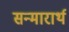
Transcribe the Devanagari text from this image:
सन्मारार्थ